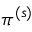
\pi ^ { ( s ) }